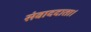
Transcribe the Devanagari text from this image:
संवाददाता।